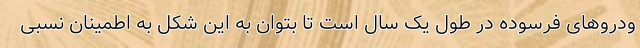
ودروهای فرسوده در طول یک سال است تا بتوان به این شکل به اطمینان نسبی